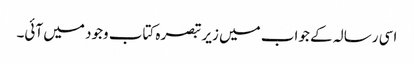
اسی رسالہ کے جواب میں زیر تبصرہ کتاب وجود میں آئی۔